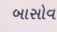
બાસોવ